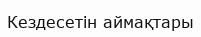
Кездесетін аймақтары